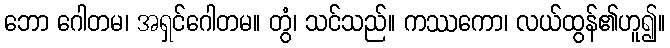
ဘော ဂေါတမ၊ အရှင်ဂေါတမ။ တွံ၊ သင်သည်။ ကဿကော၊ လယ်ထွန်၏ဟူ၍။